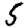
Digit: 5